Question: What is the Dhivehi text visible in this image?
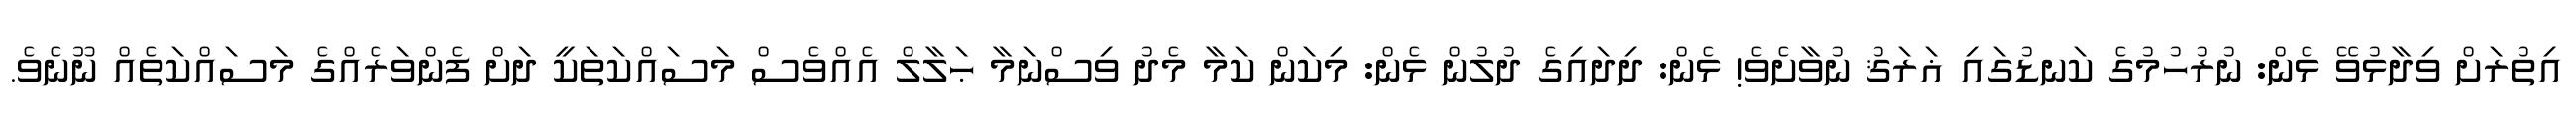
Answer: އިތުރަށް ވިދާޅުވޭ ޅެން: ނުރުހުމުގެ ކަނޑުގައި ޣަރަޤު ނުވާށެވެ! ޅެން: ދިދައިގެ ދުލުން ޅެން: މިކަން ކަމާ މެދު ވިސްނަމާ ޙަލާލް އެއްވެސް މަސައްކަތަކީ ދަށް ފެންވަރެއްގެ މަސައްކަތެއް ނޫނެވެ.